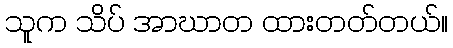
သူက သိပ် အာဃာတ ထားတတ်တယ်။